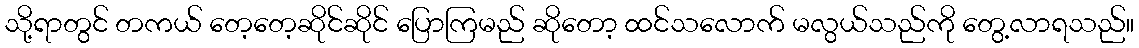
သို့ရာတွင် တကယ် တေ့တေ့ဆိုင်ဆိုင် ပြောကြမည် ဆိုတော့ ထင်သလောက် မလွယ်သည်ကို တွေ့လာရသည်။